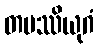
တပဿိယုဂံ